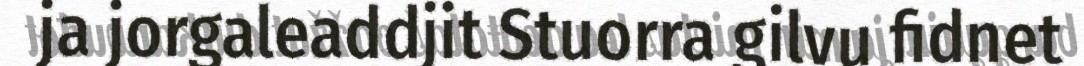
ja jorgaleaddjit Stuorra gilvu fidnet